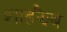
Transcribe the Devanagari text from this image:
शाहझैब